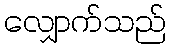
လျှောက်သည်